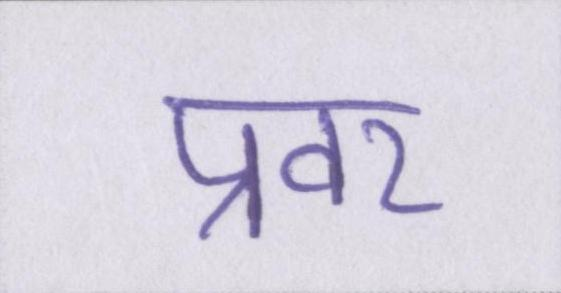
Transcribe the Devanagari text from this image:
प्रवर